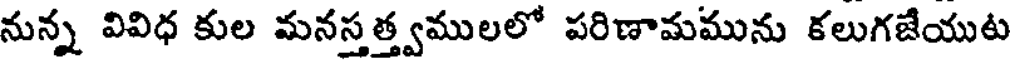
నున్న వివిధ కుల మనస్తత్త్వములలో పరిణామమును కలుగజేయుట